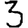
Digit: 3